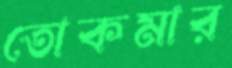
তোকমার